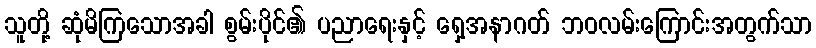
သူတို့ ဆုံမိကြသောအခါ စွမ်းပိုင်၏ ပညာရေးနှင့် ရှေ့အနာဂတ် ဘဝလမ်းကြောင်းအတွက်သာ